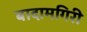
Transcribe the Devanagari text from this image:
बादामगिरी